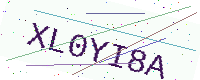
Text: XL0YI8A